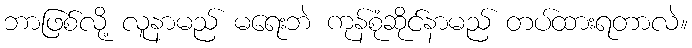
ဘာဖြစ်လို့ လူနာမည် မရေးဘဲ ကုန်စုံဆိုင်နာမည် တပ်ထားရတာလဲ။